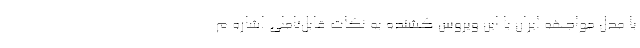
با مدل مواجهه ایران با این ویروس کشنده به نکات قابل‌تاملی اشاره م